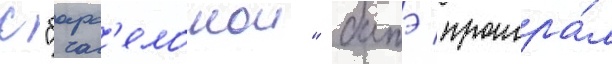
с "барс'елонои" батэ проигра́л